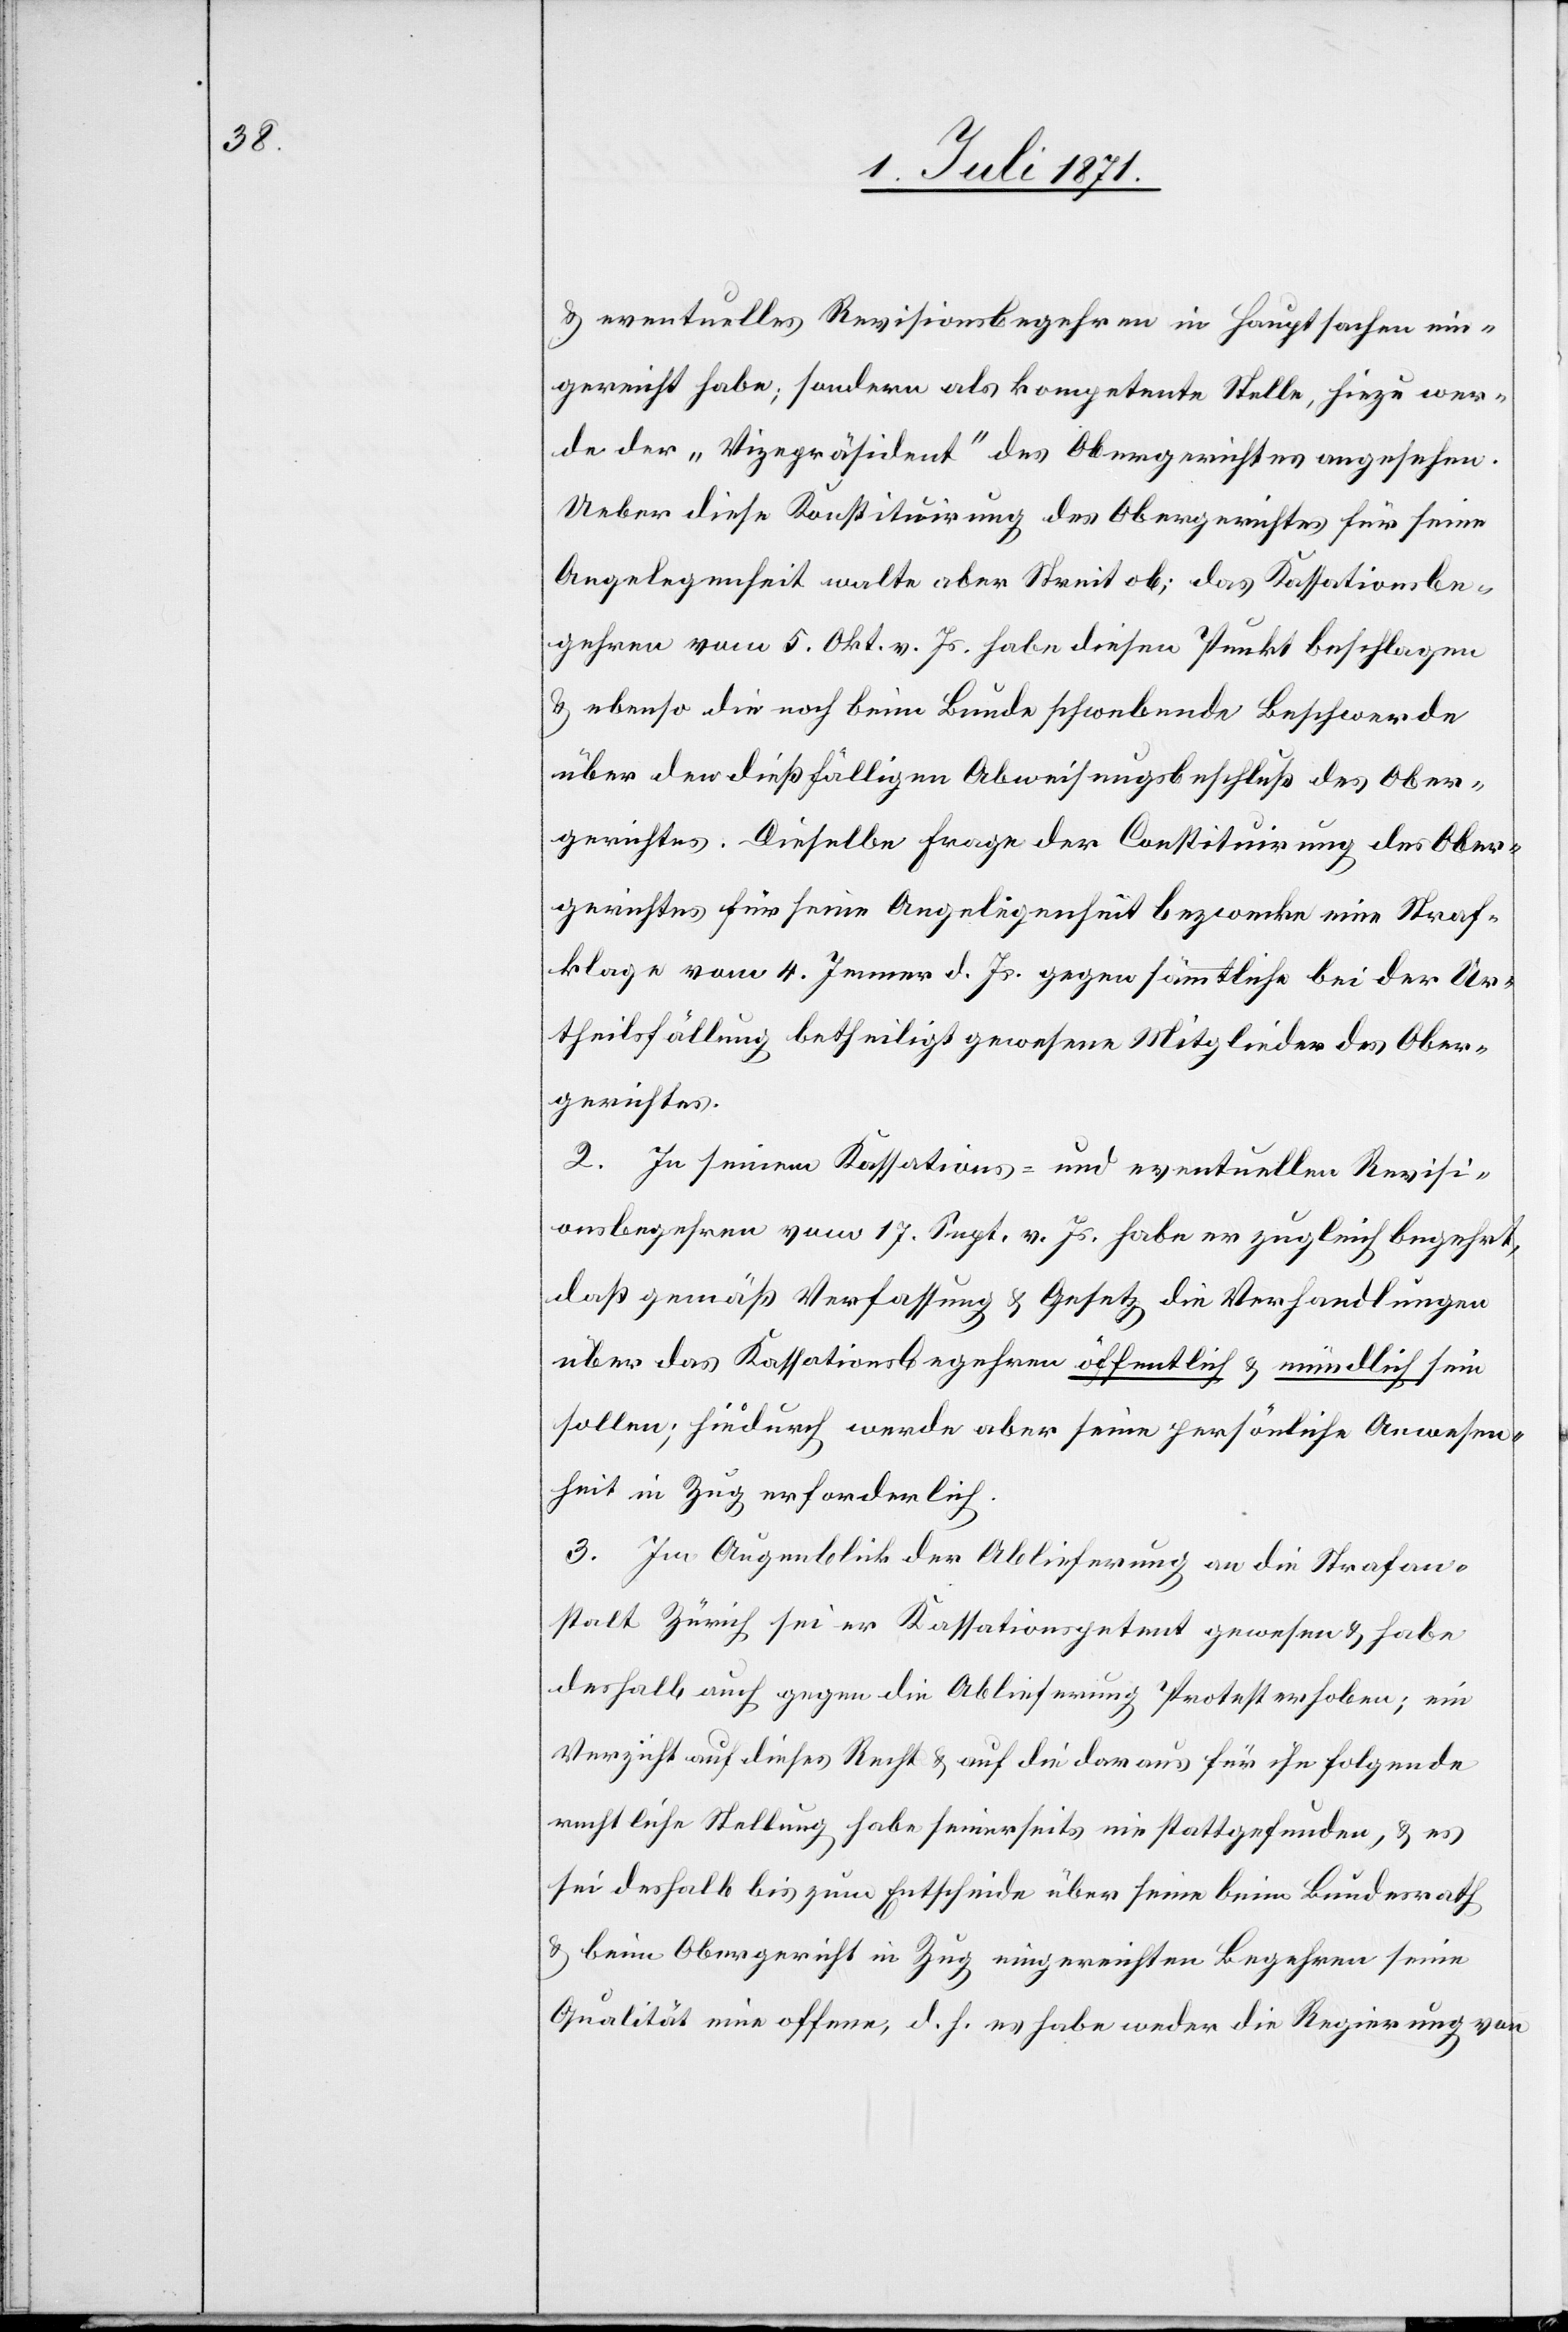
u. eventuelles Revisionsbegehren in Hauptsachen ein¬
gereicht habe; sondern als kompetente Stelle, hiezu wer¬
de der „Vizepräsident“ des Obergerichtes angesehen.
Ueber diese Konstituirung des Obergerichts für seine
Angelegenheit walte aber Streit ob; das Kassationsbe¬
gehren vom 5. Okt. v. Js. habe diesen Punkt beschlagen
u. ebenso die noch beim Bunde schwebende Beschwerde
über den dießfälligen Abweisungsbeschluß des Ober¬
gerichts. Dieselbe Frage der Constituirung des Ober¬
gerichts für seine Angelegenheit bezwecke eine Straf¬
klage vom 4. Jenner d. Js. gegen sämmtliche bei der Ur¬
theilsfällung betheiligt gewesene Mitglieder des Ober¬
gerichtes.
2. In seinem Kassations- und eventuellen Revisi¬
onsbegehren vom 17. Sept. v. Js. habe er zugleich begehrt,
daß gemäß Verfassung u. Gesetz die Verhandlungen
über das Kassationsbegehren öffentlich u. mündlich sein
sollen; hiedurch werde aber seine persönliche Anwesen¬
heit in Zug erforderlich.
3. Im Augenblick der Ablieferung an die Strafan¬
stalt Zürich sei er Kassationspetent gewesen u. habe
deshalb auch gegen die Ablieferung Prostest erhoben; ein
Verzicht auf dieses Recht u. auf die daraus für ihn folgende
rechtliche Stellung habe seinerseits nie stattgefunden, u. es
sei deshalb bis zum Entscheide über seine beim Bundesrath
u. beim Obergericht in Zug eingereichten Begehren seine
Qualität eine offene, d. h. er habe weder die Regierung von